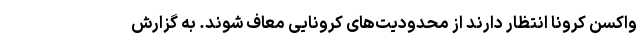
واکسن کرونا انتظار دارند از محدودیت‌های کرونایی معاف‌ شوند. به گزارش